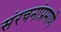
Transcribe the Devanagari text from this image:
संरचनांप्रमाणे